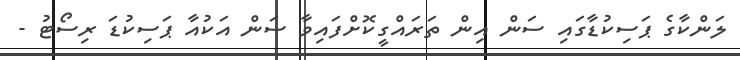
ލަންކާގެ ޕަސިކުޑާގައި ސަން އިން ތަރައްގީކޮށްފައިވާ ސަން އަކުއާ ޕަސިކުޑަ ރިސޯޓު -